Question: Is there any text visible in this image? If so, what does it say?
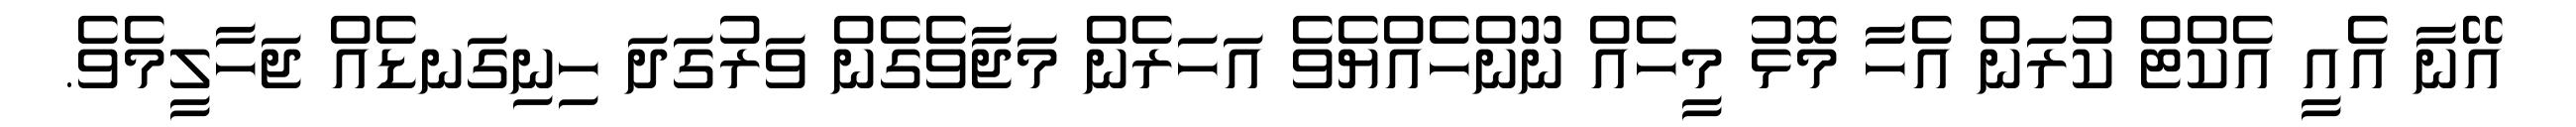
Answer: އޭނާ އެއީ އެކްޓް ކުރަން އެހާ މޮޅު މީހެއް ނޫންހެއްޔެވެ އަހަރެން މަޖާވެގެން ވަރުގަދަ ހިނިގަނޑެއް ޖަހާލީމެވެ.